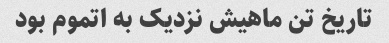
تاریخ تن ماهیش نزدیک به اتموم بود